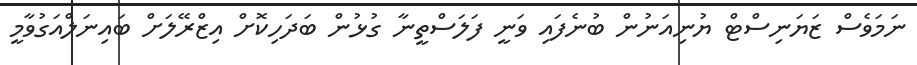
ނަމަވެސް ޒަޔަނިސްޓް ޔުނިއަނުން ބުނެފައި ވަނީ ފަލަސްތީނާ ގުޅުން ބަދަހިކޮށް އިޒްރޭލަށް ބައިނަލްއަގުވާމީ